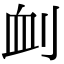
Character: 𠜄